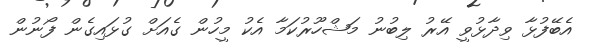
އެބޭފުޅާ ވިދާޅުވީ އޭރު ލިބުނު މަޝްހޫރުކަމާ އެކު މީހުން ގެއަށް ގުޅައިގެން ފޯނުން